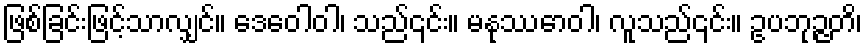
ဖြစ်ခြင်းဖြင့်သာလျှင်။ ဒေဝေါဝါ၊ သည်၎င်း။ မနုဿောဝါ၊ လူသည်၎င်း။ ဥပဘုဉ္ဇတိ၊